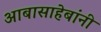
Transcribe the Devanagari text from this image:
आबासाहेबांनी